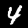
Label: 4